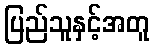
ပြည်သူနှင့်အတူ